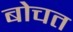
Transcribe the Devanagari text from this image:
बोचत